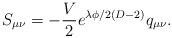
LaTeX: \begin{align*}S_{\mu\nu}=-\frac{V}{2}e^{\lambda\phi/2(D-2)}q_{\mu\nu}.\end{align*}